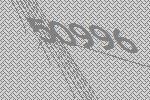
50996